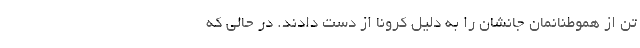
تن از هموطنانمان جانشان را به دلیل کرونا از دست دادند. در حالی که